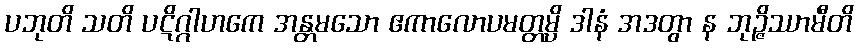
ပဘုတိ သတိ ပဋိဂ္ဂါဟကေ အန္တမသော ဧကာလောပမတ္တမ္ပိ ဒါနံ အဒတွာ န ဘုဉ္ဇိဿာမီတိ